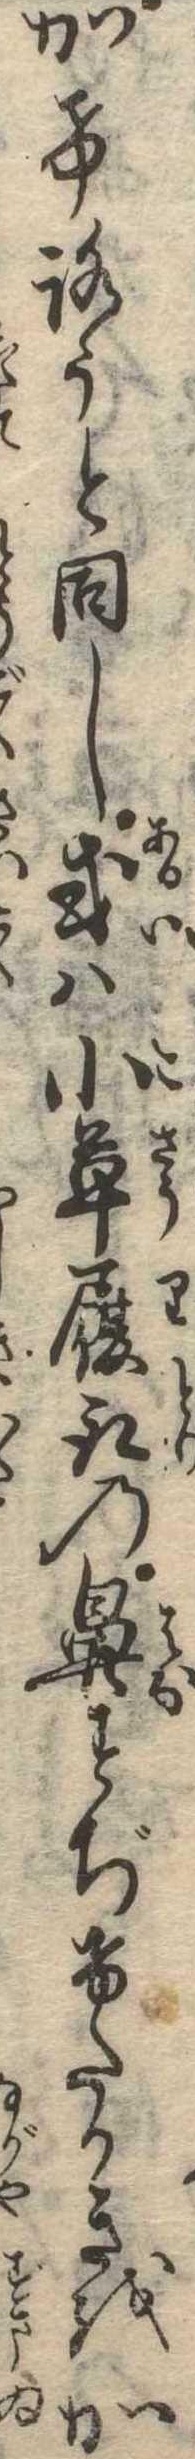
かげろうと同し或は小草履取の鼻すぢけたかきをか